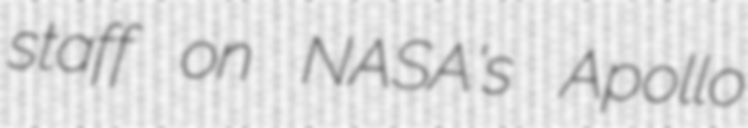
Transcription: staff on NASA's Apollo